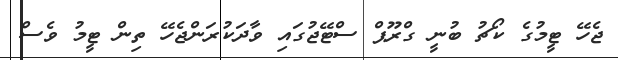
ޖެހޭ ޓީމުގެ ކޯޗު ބުނީ ގްރޫޕް ސްޓޭޖުގައި ވާދަކުރަންޖެހޭ ތިން ޓީމު ވެސް